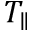
T _ { \parallel }